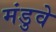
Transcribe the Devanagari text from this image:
मंडुवे